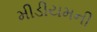
મીડીયમની